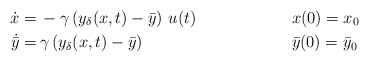
\begin{align*}\dot x =&\,- \gamma \left ( y_\delta({x},t)-\bar{y} \right ) \,u(t) && {x}(0)={x}_0\\\dot{\bar{y}} = &\, \gamma\left (y_\delta({x},t)-\bar{y}\right ) && \bar{y}(0)=\bar{y}_0 \end{align*}